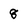
Character: 8